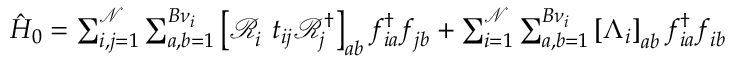
\begin{array} { r } { \hat { H } _ { 0 } = \sum _ { i , j = 1 } ^ { \mathcal { N } } \sum _ { a , b = 1 } ^ { B { \nu } _ { i } } \left[ \mathcal { R } _ { i } ^ { \phantom { \dagger } } t _ { i j } \mathcal { R } _ { j } ^ { \dagger } \right] _ { a b } f _ { i a } ^ { \dagger } f _ { j b } ^ { \phantom { \dagger } } + \sum _ { i = 1 } ^ { \mathcal { N } } \sum _ { a , b = 1 } ^ { B { \nu } _ { i } } \left[ \Lambda _ { i } \right] _ { a b } f _ { i a } ^ { \dagger } f _ { i b } ^ { \phantom { \dagger } } } \end{array}